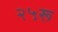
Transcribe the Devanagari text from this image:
२५रू